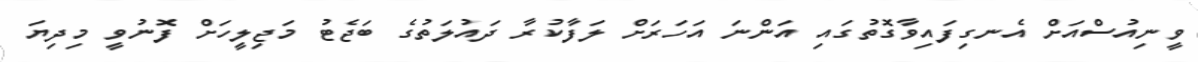
ވީނިއުސްއަށް އެނގިފައިވާގޮތުގައި އަންނަ އަހަރަށް ލަފާކުރާ ދައުލަތުގެ ބަޖެޓު މަޖިލީހަށް ފޮނުވީ މިދިޔަ